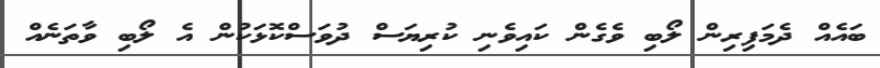
ބައެއް ދެމަފިރިން ލޯބި ވެގެން ކައިވެނި ކުރިޔަސް ދުވަސްކޮޅަކުން އެ ލޯބި ވާތަނެއް